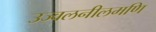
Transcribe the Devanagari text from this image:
उज्वलनीलमणि